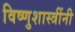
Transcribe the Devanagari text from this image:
विष्णुशास्त्रींनी